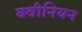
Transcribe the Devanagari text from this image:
क्वीनियन